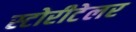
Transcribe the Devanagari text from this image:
स्टोरीटेलर